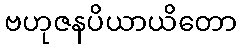
ဗဟုဇနပိယာယိတော